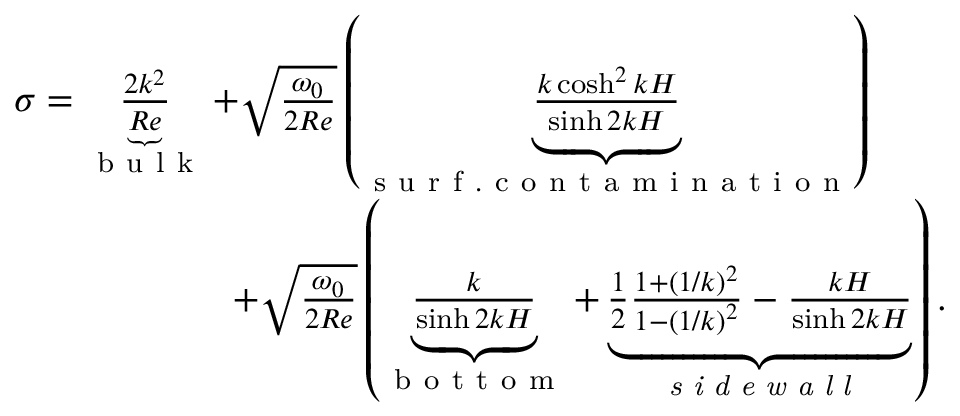
\begin{array} { r } { \sigma = \underbrace { \frac { 2 k ^ { 2 } } { R e } } _ { \mathrm { ~ b ~ u ~ l ~ k ~ } } + \sqrt { \frac { \omega _ { 0 } } { 2 R e } } \left( \underbrace { \frac { k \cosh ^ { 2 } { k H } } { \sinh { 2 k H } } } _ { \mathrm { ~ s ~ u ~ r ~ f ~ . ~ c ~ o ~ n ~ t ~ a ~ m ~ i ~ n ~ a ~ t ~ i ~ o ~ n ~ } } \right) \ \ \ \ \ \ } \\ { + \sqrt { \frac { \omega _ { 0 } } { 2 R e } } \left( \underbrace { \frac { k } { \sinh { 2 k H } } } _ { \mathrm { ~ b ~ o ~ t ~ t ~ o ~ m ~ } } + \underbrace { \frac { 1 } { 2 } \frac { 1 + \left( 1 / k \right) ^ { 2 } } { 1 - \left( 1 / k \right) ^ { 2 } } - \frac { k H } { \sinh { 2 k H } } } _ { \textit { s i d e w a l l } } \right) . } \end{array}